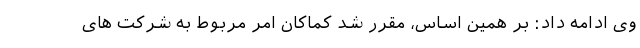
وی ادامه داد: بر همین اساس، مقرر شد کماکان امر مربوط به شرکت های